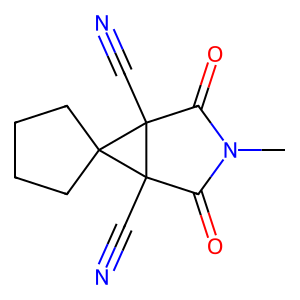
SMILES: CN1C(=O)C2(C#N)C3(CCCC3)C2(C#N)C1=O
Inhibits HIV replication: No